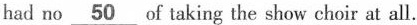
had no\underline{50}of taking the show choir at all.